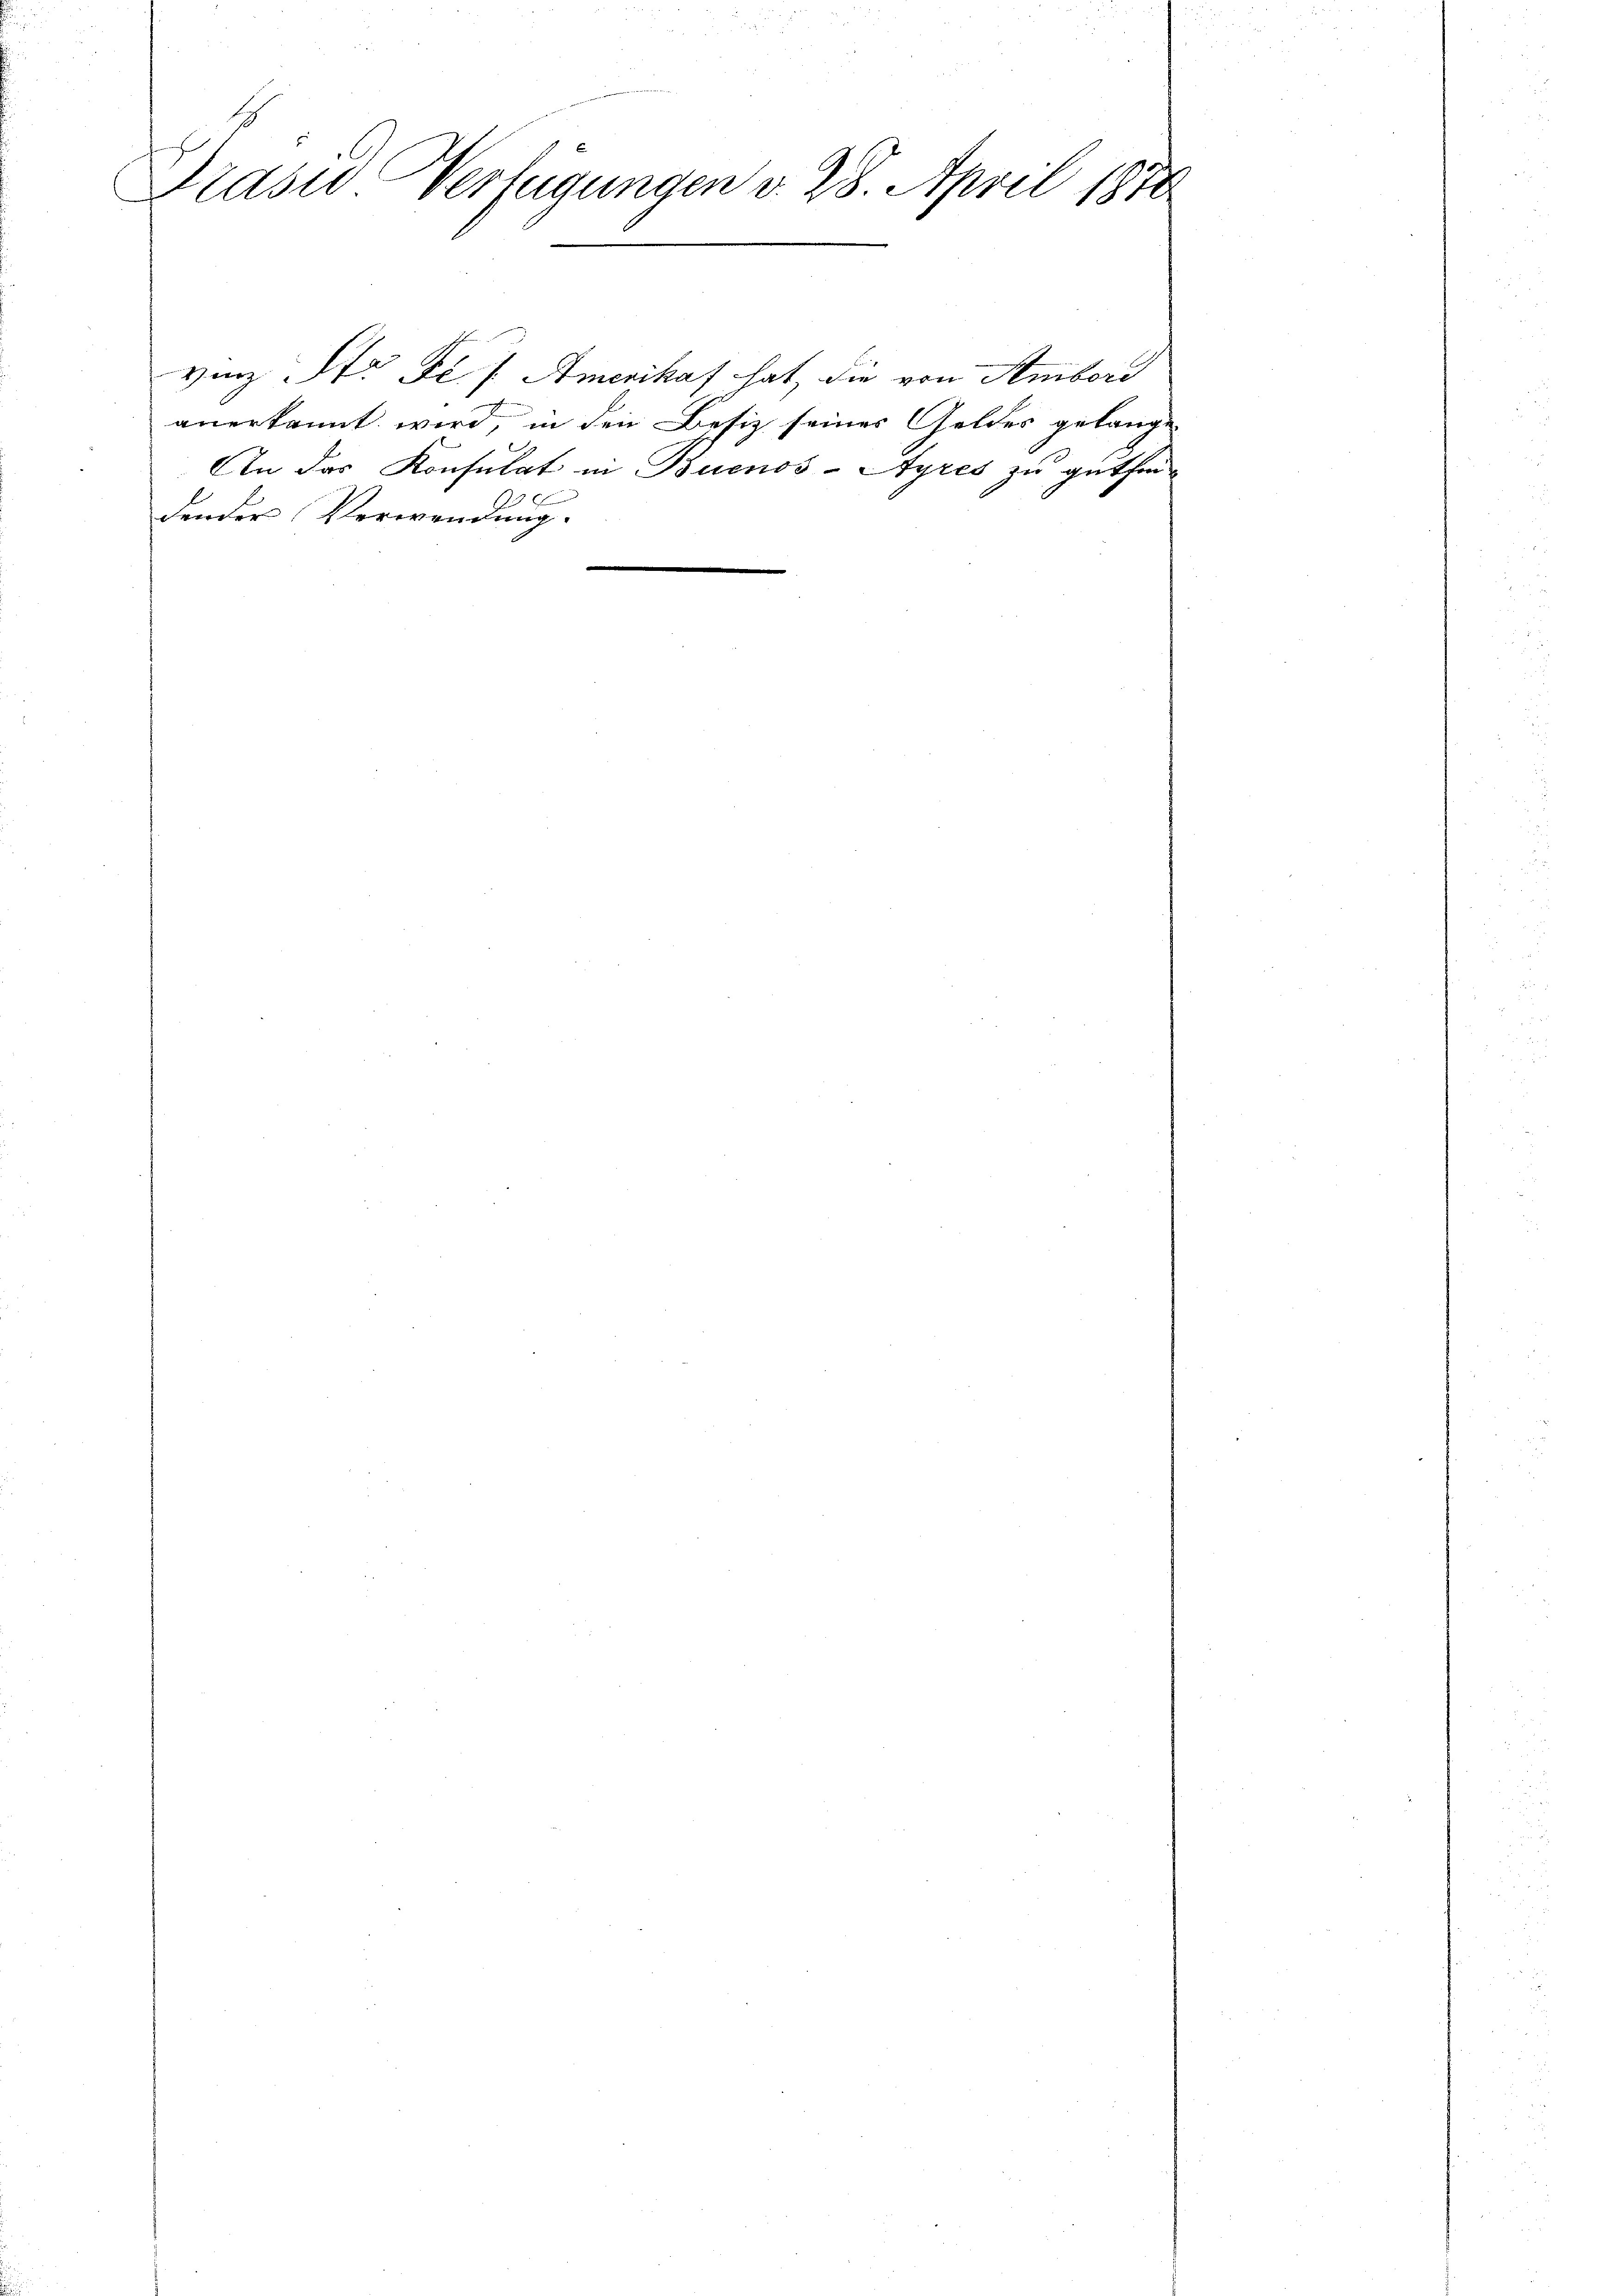
Praswo Verfügungen v. 28. April 1870

vinz Str. Fr. f. Amerikaf hat, die von Ambord
anerkannt wird, in den Besiz seines Geldes gelange
An das Konsulat in Buenos-Ayres zu guthen
x
dender Verwendung.
d
e